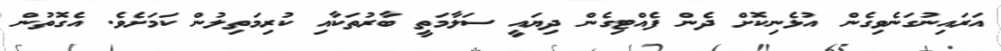
އަރައިނުގަނެވިގެން އުޅެނިކޮށް ދެން ފެއްޓިގެން ދިޔައީ ސަލާމަތީ ބާރުތަކާއި ކުރިމަތިލުން ކަމަށެވެ. އެގޮތުން